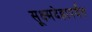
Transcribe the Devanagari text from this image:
सूक्ष्मदेहापर्यंत